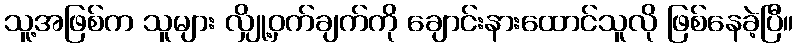
သူ့အဖြစ်က သူများ လျှို့ဝှက်ချက်ကို ချောင်းနားထောင်သူလို ဖြစ်နေခဲ့ပြီ။